Civil Veterinary Dept. Bombay admin report 1907-1913 - 1907-1913
Year: 1907
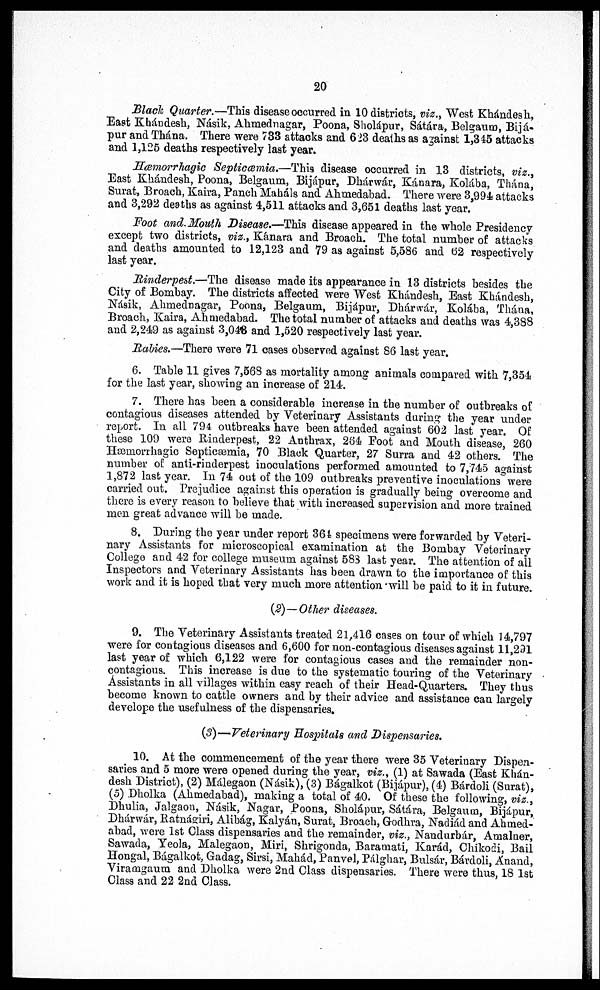
20
Black Quarter.—This disease occurred in 10 districts, viz., West Khándesh,
East Khándesh, Násik, Ahmednagar, Poona, Sholápur, Sátára, Belgaum, Bijá-
pur and Thána. There were 733 attacks and 623 deaths as against 1,345 attacks
and 1,125 deaths respectively last year.
Hæmorrhagic Septicæmia,—This disease occurred in 13 districts, viz.,
East Khándesh, Poona, Belgaum, Bijápur, Dhárwár, Kánara, Kolába, Thána,
Surat, Broach, Kaira, Panch Maháls and Ahmedabad. There were 3,991 attacks
and 3,292 deaths as against 4,511 attacks and 3,651 deaths last year.
Foot and Mouth Disease.—This disease appeared in the whole Presidency
except two districts, viz., Kánara and Broach. The total number of attacks
and deaths amounted to 12,123 and 79 as against 5,586 and 62 respectively
last year.
Rinderpest.—The disease made its appearance in 13 districts besides the
City of Bombay. The districts affected were West Khándesh, East Khándesh,
Násik, Ahmednagar, Poona, Belgaum, Bijápur, Dhárwár, Kolába, Thána,
Broach, Kaira, Ahmedabad. The total number of attacks and deaths was 4,388
and 2,249 as against 3,046 and 1,520 respectively last year.
Rabies.—There were 71 cases observed against S6 last year.
6. Table 11 gives 7,568 as mortality among animals compared with 7,354
for the last year, showing an increase of 214.
7. There has been a considerable increase in the number of outbreaks of
contagious diseases attended by Veterinary Assistants during the year under
report. In all 794 outbreaks have been attended against 602 last year. Of
these 109 were Rinderpest, 22 Anthrax, 264 Foot and Mouth disease, 260
Hæmorrhagic Septicæmia, 70 Black Quarter, 27 Surra and 42 others. The
number of anti-rinderpest inoculations performed amounted to 7,745 against
1,872 last year. In 74 out of the 109 outbreaks preventive inoculations were
carried out. Prejudice against this operation is gradually being overcome and
there is every reason to believe that with increased supervision and more trained
men great advance will be made.
8. During the year under report 361 specimens were forwarded by Veteri-
nary Assistants for microscopical examination at the Bombay Veterinary
College and 42 for college museum against 583 last year. The attention of all
Inspectors and Veterinary Assistants has been drawn to the importance of this
work and it is hoped that very much more attention will be paid to it in future.
(2)—Other diseases.
9. The Veterinary Assistants treated 21,416 cases on tour of which 14,797
were for contagious diseases and 6,600 for non-contagious diseases against 11,291
last year of which 6,122 were for contagious cases and the remainder non-
contagious. This increase is due to the systematic touring of the Veterinary
Assistants in all villages within easy reach of their Head-Quarters. They thus
become known to cattle owners and by their advice and assistance can largely
develope the usefulness of the dispensaries.
(3)—Veterinary Hospitals and Dispensaries.
10. At the commencement of the year there were 35 Veterinary Dispen-
saries and 5 more were opened during the year, viz., (1) at Sawada (East Khán-
desh District), (2) Málegaon (Násik), (3) Bágalkot (Bijápur), (4) Bárdoli (Surat),
(5) Dholka (Ahmedabad), making a total of 40. Of these the following, viz.,
Dhulia, Jalgaon, Násik, Nagar, Poona, Sholápur, Sátára, Belgaum, Bijápur,
Dhárwár, Ratnágiri, Alibág, Kalyán, Surat, Broach, Godhra, Nadiád and Ahmed-
abad, were 1st Class dispensaries and the remainder, viz., Nandurbár, Amalner,
Sawada, Yeola, Malegaon, Miri, Shrigonda, Baramati, Karád, Chikodi, Bail
Hongal, Bágalkot, Gadag, Sirsi, Mahád, Panvel, Pálghar, Bulsár, Bárdoli, Anand,
Viramgaum and Dholka were 2nd Class dispensaries. There were thus, 18 1st
Class and 22 2nd Class.